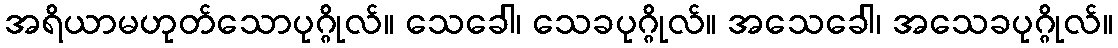
အရိယာမဟုတ်သောပုဂ္ဂိုလ်။ သေခေါ၊ သေခပုဂ္ဂိုလ်။ အသေခေါ၊ အသေခပုဂ္ဂိုလ်။